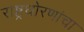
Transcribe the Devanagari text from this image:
राष्ट्रधोरणांचा